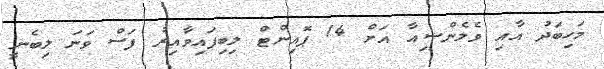
މަހިބަދު އާއި ވެލެންސިއާ އަށް 14 ޕޮއިންޓް ލިބިފައިވާއިރު ފަސް ވަނަ ލިބެނީ